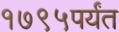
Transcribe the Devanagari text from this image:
१७९५पर्यंत